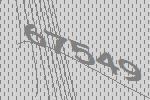
67549